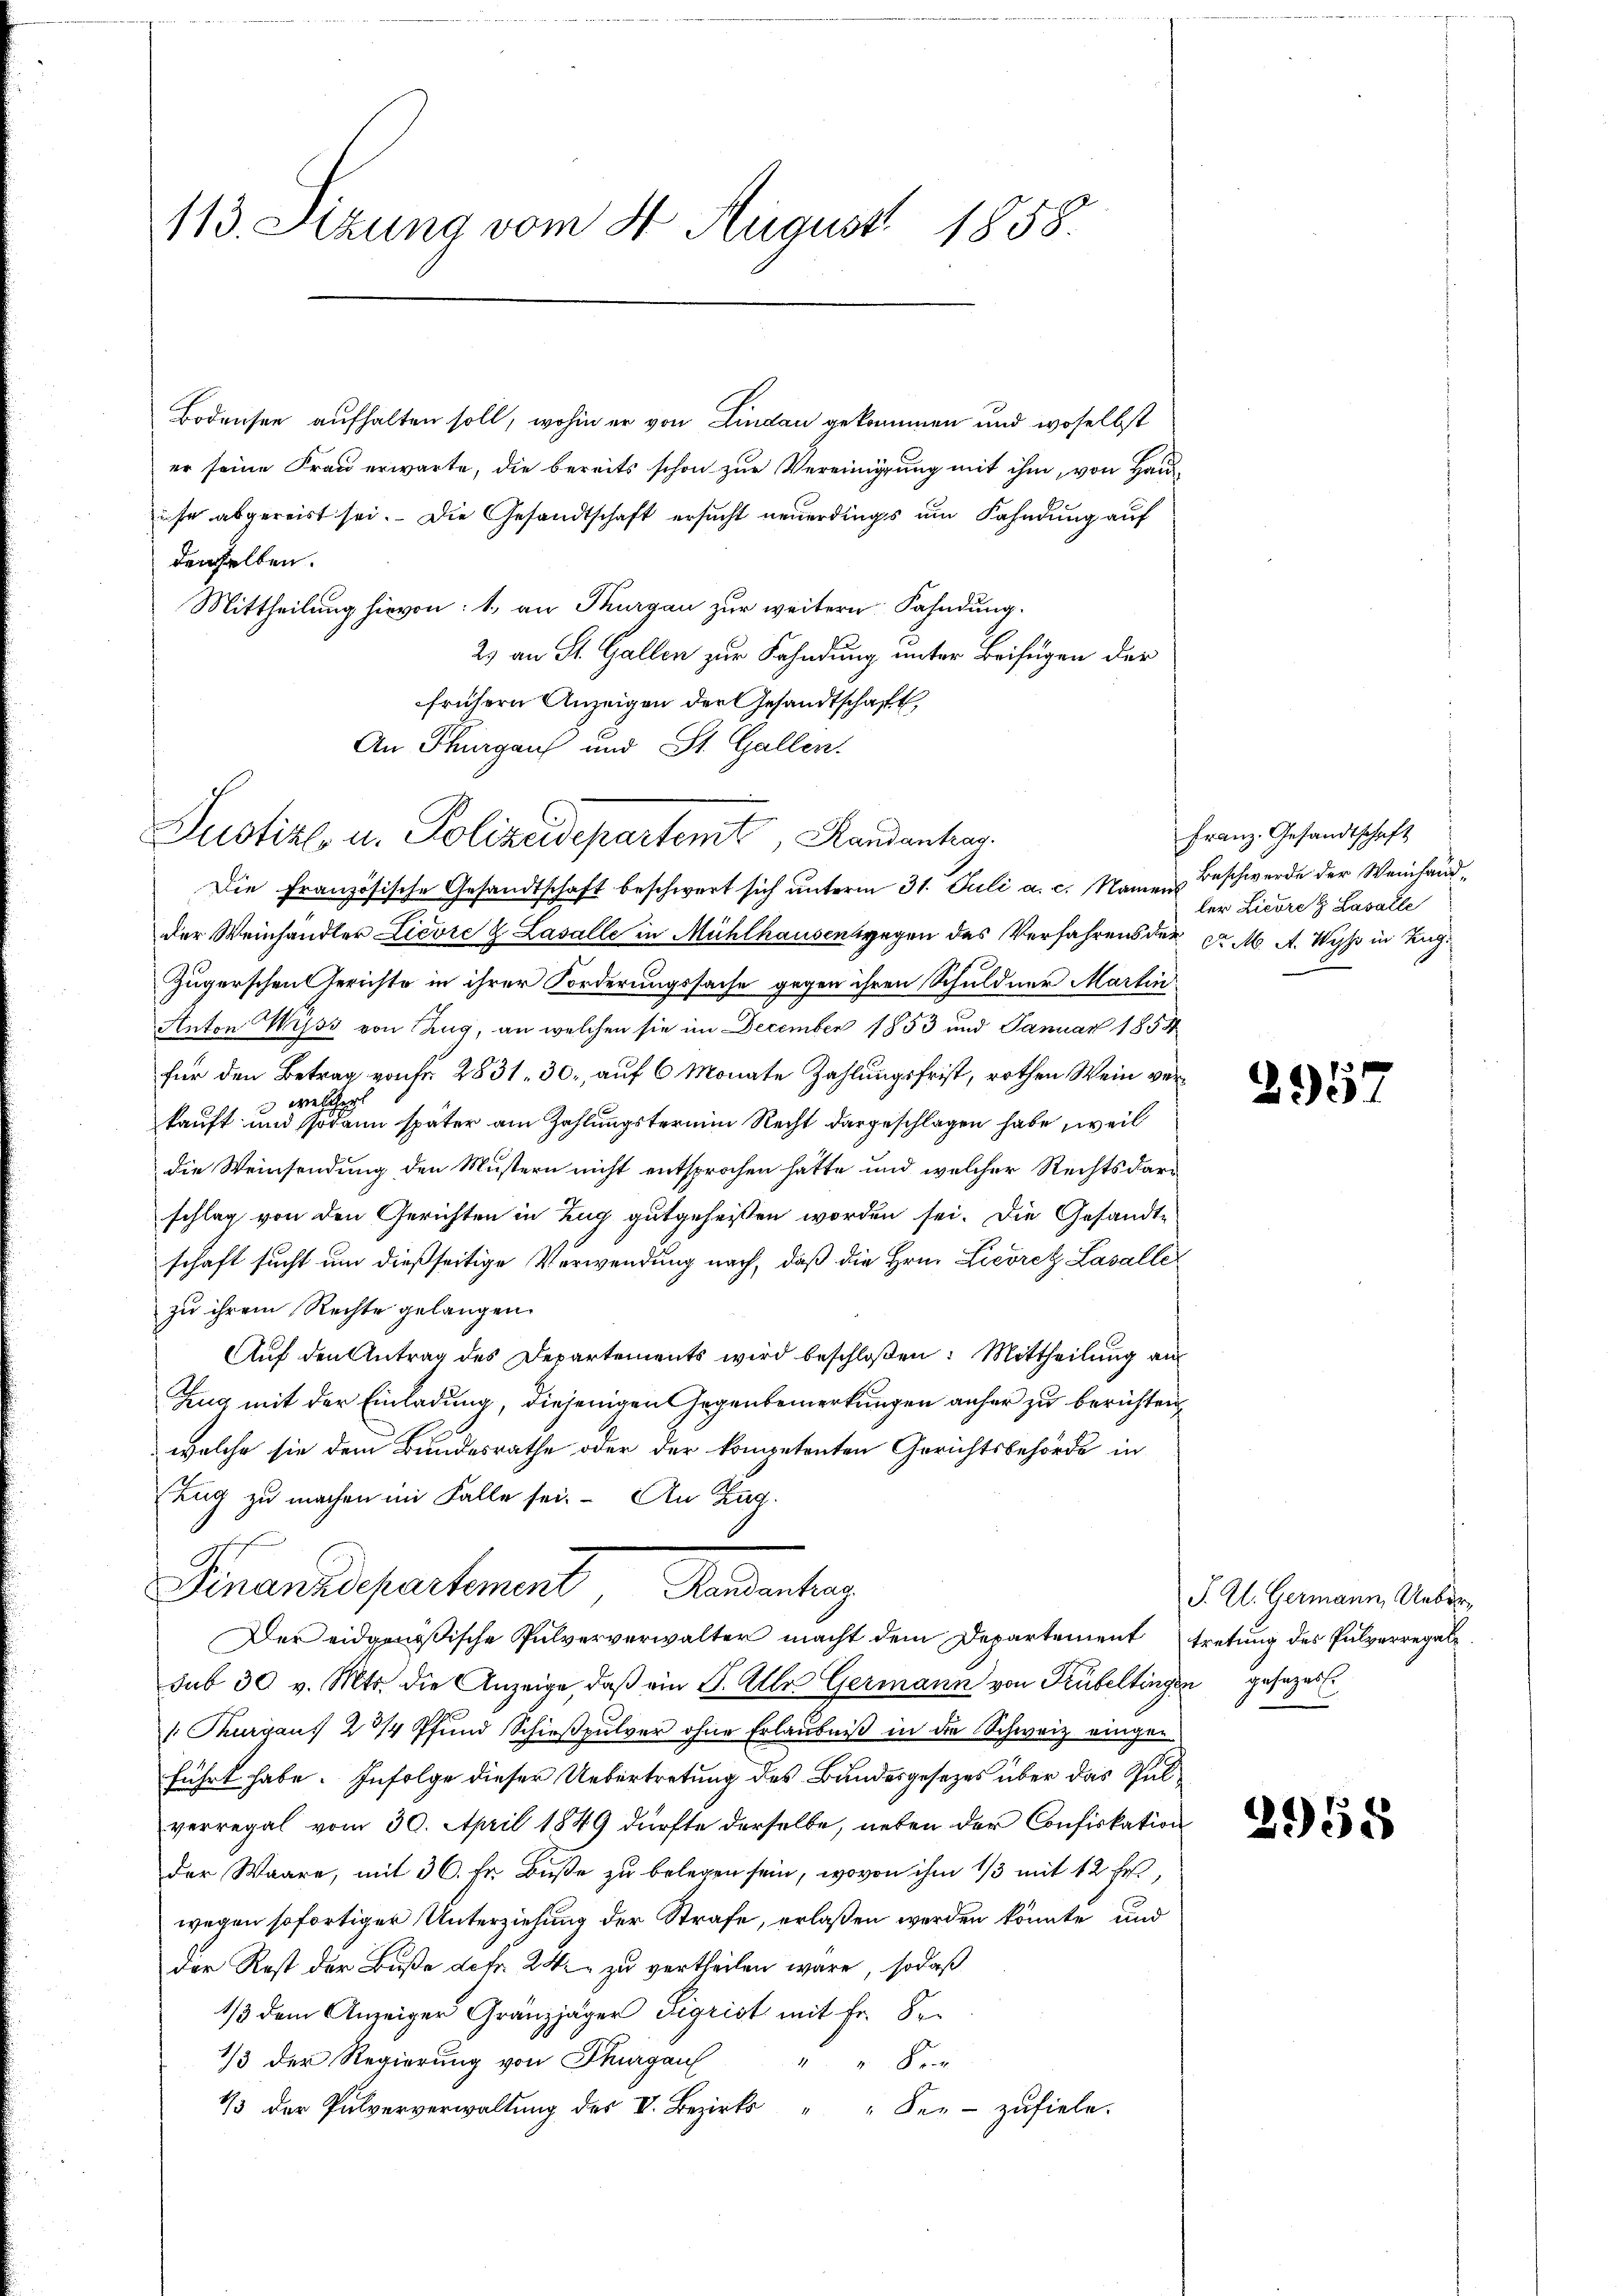
113. Stzung vom 8. August 1858.

Bodensee aufhalten soll, wohin er von Lindau gekommen und woselbst
er seine Frau erwarte, die bereits schon zur Vereinigung mit ihm, von Hausse abgereist sei. Die Gesandtschaft ersucht neuerdings um Fahndung auf
denselben.
Mittheilung hievon: 1., an Thurgau zur weitern Fahndung.
2) an St. Gallen zur Fahndung unter Beifügen der
frühern Anzeigen der Gesandtschaft
An Thurgau und St. Gallen.

Justiz- u. Polizeidepartent, Randantrag.
Die Französische Gesandtschaft beschwert sich unterm 31. Juli a. c. Namen Beschwerde der Weinhänd¬

der Weinhändler Lievre & Lasalle in Mühlhausensgegen des Verfahrens der d. M. A. Wyss in Tag¬
Zugerschen Gerichte in ihrer Forderungssache gegen ihren Schuldner Martin
Anton Wyss von Zug, an welchen sie im December 1853 und Januar 1854
für den Betrag von fr. 2831. 30. auf 6 Monate Zahlungsfrist, rothen Wein ver¬
 welcher
kauft und sodann später am Zahlungstermin Recht dargeschlagen habe, weil
die Weinsendung den Mustern nicht entsprochen hatte und welcher Rechts darschlag von den Gerichten in Zug gutgeheissen worden sei. Die Gesandte
schaft sucht um dießseitige Verwendung nach, daß die Hrn. Lieorez Lasalle
zu ihrem Rechte gelangen.
Aŭf den Antrag des Departements wird beschloßen: Mittheilŭng an
Zug mit der Einladung, diejenigen Gegenbemerkungen anfer zu berichten
welche sie dem Bundesrathe oder der kompetenten Gerichtsbehörde in
Zug zu machen im Falle sei. An Zag¬
Serendepartement Handerteng
Der eidgenößische Pulververwalter macht dem Departement tretung des Pulverregale
sub 30 v. Mts. die Anzeige, daß ein S. Alles Germann von Trubeltingen gesezes¬
 Thurgaus 234 Pfund Schießpulver ohne Erlaubniß in die Schweiz eingeführt habe. Infolge dieser Uebertretung des Bundesgesezes über das Schulverregal vom 30. April 1849 dürfte derselbe, neben der Confiskation
der Waare, mit 36. Fr. Buße zu belegen sein, wovon ihm 1/3 mit 12 fr.,
wegen sofortiger Unterziehung der Strafe, erlaßen werden könnte, und
der Rest der Buße defr. 24. zu vertheilen wäre, sodaß
1/3 dem Anzeiger Gränzjäger Sigrist mit Fr. 8.
1/3 der Regierung von Thurgau
Der
13 der Pulververwaltung des V. Bezirks " " Ser-zufiele.

Franz. Gesandtschaft
ler Licore Lasalle

29

J. A. Germann Ueber,
.

2958